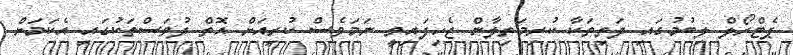
ޕެޓްރޯލް ލިބުމުގައި ދަތިތަކާ ކުރިމަތިލާން ޖެހިފައިވީ ނަމަވެސް ކުރިއަށް އޮތް ދުވަސްތަކުގައި އެކަމަށް